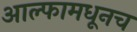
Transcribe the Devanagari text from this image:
आल्फामधूनच